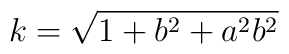
k = \sqrt{1+b^{2} + a^{2}b^{2}}